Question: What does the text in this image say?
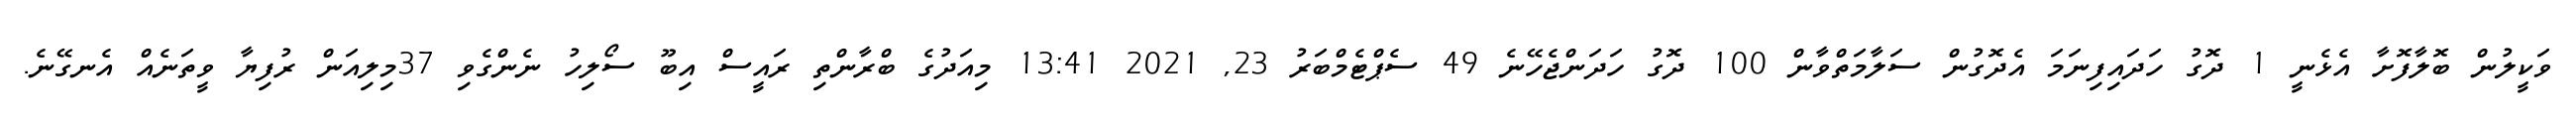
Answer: ވަކީލުން ބޮލާފޮށާ އެޅެނީ 1 ދޮގު ހަދައިފިނަމަ އެދޮގުން ސަލާމަތްވާން 100 ދޮގު ހަދަންޖެހޭނެ 49 ސެޕްޓެމްބަރު 23, 2021 13:41 މިއަދުގެ ބްރާންތި ރައީސް އިބޫ ސޯލިހު ނެންގެވި 37މިލިއަން ރުފިޔާ ވީތަނެއް އެނގޭނެ.